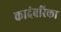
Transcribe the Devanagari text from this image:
कादंबरिका